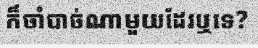
ក៏ចាំបាច់ណាមួយដែរឬទេ?